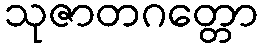
သုဇာတဂတ္တော